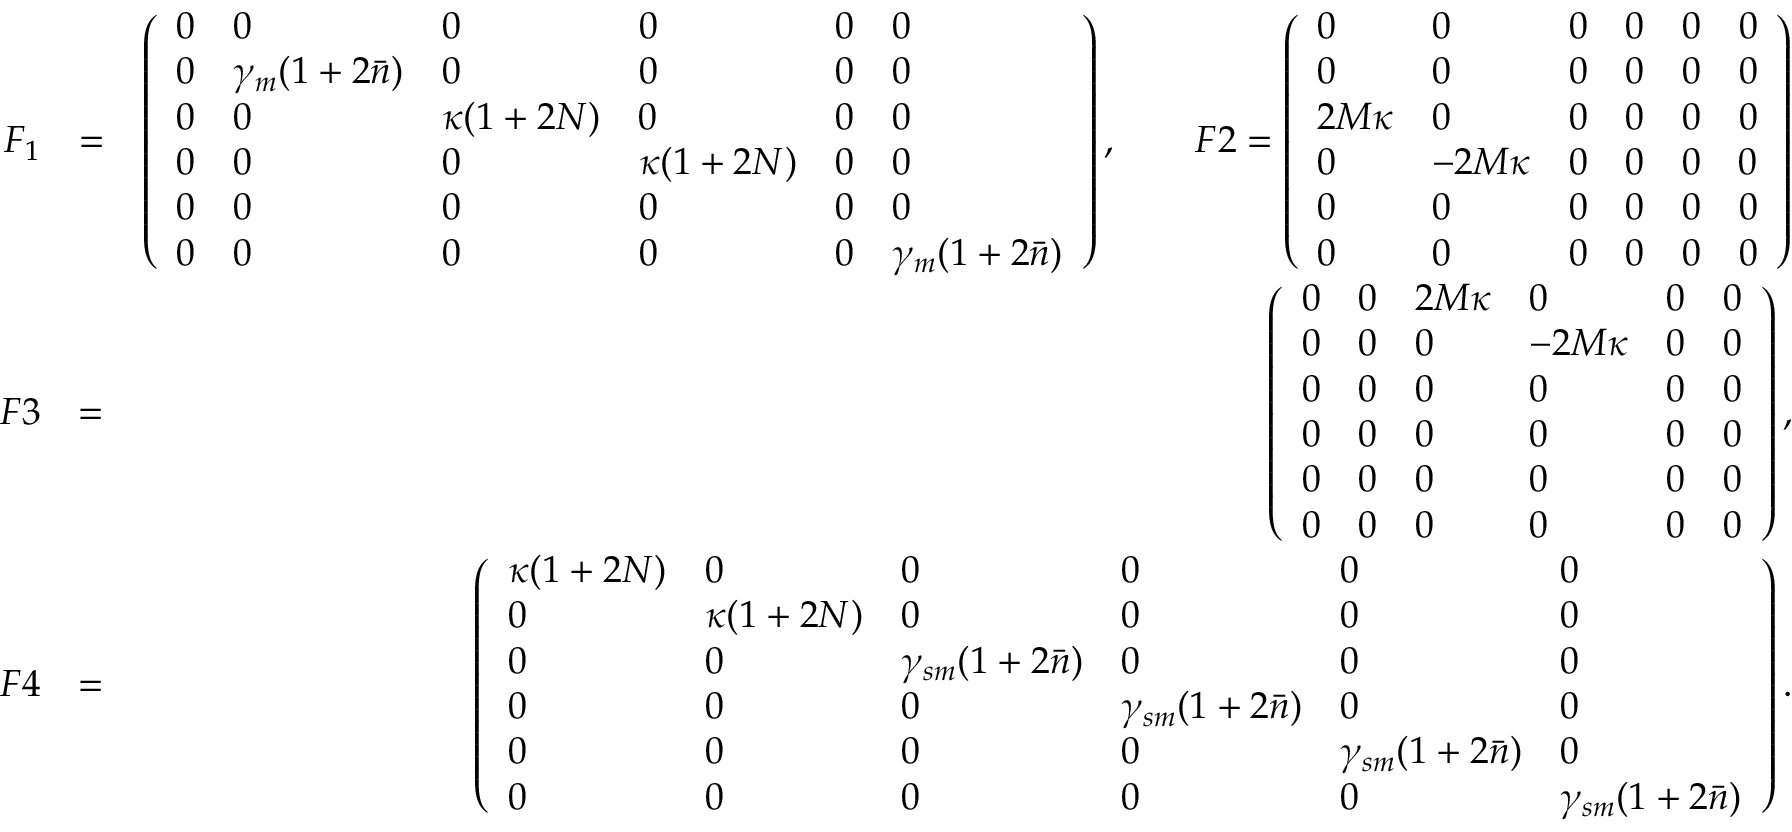
\begin{array} { r l r } { F _ { 1 } } & { = } & { \left( \begin{array} { l l l l l l } { 0 } & { 0 } & { 0 } & { 0 } & { 0 } & { 0 } \\ { 0 } & { \gamma _ { m } ( 1 + 2 \bar { n } ) } & { 0 } & { 0 } & { 0 } & { 0 } \\ { 0 } & { 0 } & { \kappa ( 1 + 2 N ) } & { 0 } & { 0 } & { 0 } \\ { 0 } & { 0 } & { 0 } & { \kappa ( 1 + 2 N ) } & { 0 } & { 0 } \\ { 0 } & { 0 } & { 0 } & { 0 } & { 0 } & { 0 } \\ { 0 } & { 0 } & { 0 } & { 0 } & { 0 } & { \gamma _ { m } ( 1 + 2 \bar { n } ) } \end{array} \right) , \quad \quad F 2 = \left( \begin{array} { l l l l l l } { 0 } & { 0 } & { 0 } & { 0 } & { 0 } & { 0 } \\ { 0 } & { 0 } & { 0 } & { 0 } & { 0 } & { 0 } \\ { 2 M \kappa } & { 0 } & { 0 } & { 0 } & { 0 } & { 0 } \\ { 0 } & { - 2 M \kappa } & { 0 } & { 0 } & { 0 } & { 0 } \\ { 0 } & { 0 } & { 0 } & { 0 } & { 0 } & { 0 } \\ { 0 } & { 0 } & { 0 } & { 0 } & { 0 } & { 0 } \end{array} \right) } \\ { F 3 } & { = } & { \left( \begin{array} { l l l l l l } { 0 } & { 0 } & { 2 M \kappa } & { 0 } & { 0 } & { 0 } \\ { 0 } & { 0 } & { 0 } & { - 2 M \kappa } & { 0 } & { 0 } \\ { 0 } & { 0 } & { 0 } & { 0 } & { 0 } & { 0 } \\ { 0 } & { 0 } & { 0 } & { 0 } & { 0 } & { 0 } \\ { 0 } & { 0 } & { 0 } & { 0 } & { 0 } & { 0 } \\ { 0 } & { 0 } & { 0 } & { 0 } & { 0 } & { 0 } \end{array} \right) , } \\ { F 4 } & { = } & { \left( \begin{array} { l l l l l l } { \kappa ( 1 + 2 N ) } & { 0 } & { 0 } & { 0 } & { 0 } & { 0 } \\ { 0 } & { \kappa ( 1 + 2 N ) } & { 0 } & { 0 } & { 0 } & { 0 } \\ { 0 } & { 0 } & { \gamma _ { s m } ( 1 + 2 \bar { n } ) } & { 0 } & { 0 } & { 0 } \\ { 0 } & { 0 } & { 0 } & { \gamma _ { s m } ( 1 + 2 \bar { n } ) } & { 0 } & { 0 } \\ { 0 } & { 0 } & { 0 } & { 0 } & { \gamma _ { s m } ( 1 + 2 \bar { n } ) } & { 0 } \\ { 0 } & { 0 } & { 0 } & { 0 } & { 0 } & { \gamma _ { s m } ( 1 + 2 \bar { n } ) } \end{array} \right) . } \end{array}